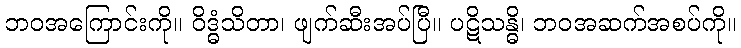
ဘဝအကြောင်းကို။ ဝိဒ္ဓံသိတာ၊ ဖျက်ဆီးအပ်ပြီ။ ပဋိသန္ဓိ၊ ဘဝအဆက်အစပ်ကို။